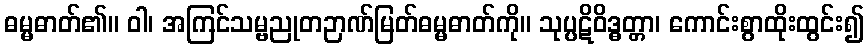
ဓမ္မဓာတ်၏။ ဝါ၊ အကြင်သမ္ဗညုတဉာဏ်မြတ်ဓမ္မဓာတ်ကို။ သုပ္ပဋိဝိဒ္ဓတ္တာ၊ ကောင်းစွာထိုးထွင်း၍